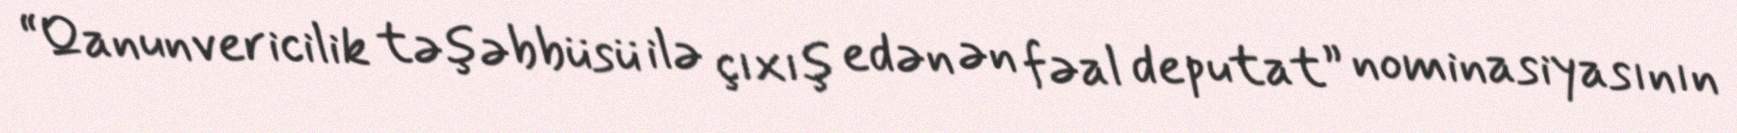
“Qanunvericilik təşəbbüsü ilə çıxış edən ən fəal deputat” nominasiyasının